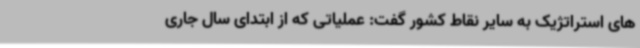
های استراتژیک به سایر نقاط کشور گفت: عملیاتی که از ابتدای سال جاری